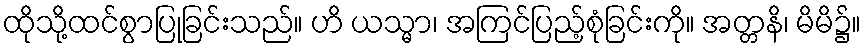
ထိုသို့ထင်စွာပြုခြင်းသည်။ ဟိ ယသ္မာ၊ အကြင်ပြည့်စုံခြင်းကို။ အတ္တနိ၊ မိမိ၌။